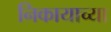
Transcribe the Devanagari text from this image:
निकायाच्या